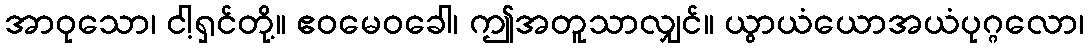
အာဝုသော၊ ငါ့ရှင်တို့။ ဧဝမေဝခေါ၊ ဤအတူသာလျှင်။ ယွာယံယောအယံပုဂ္ဂလော၊